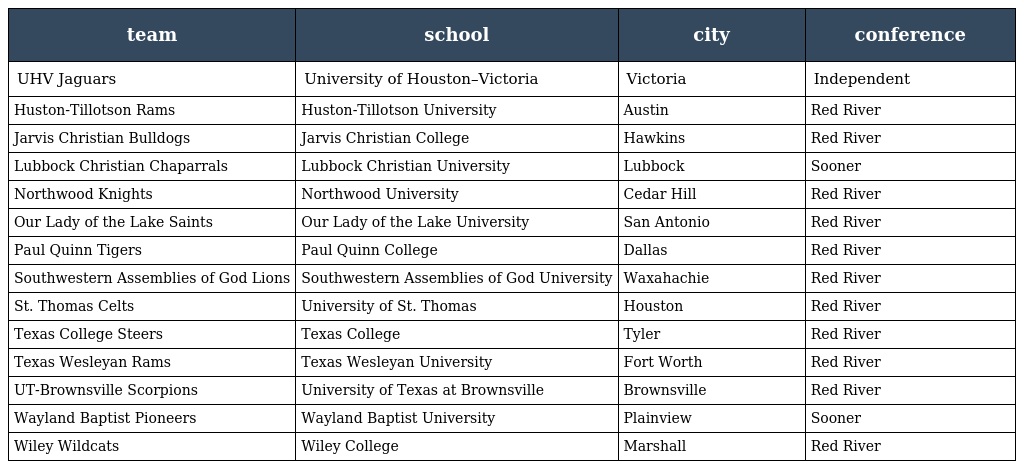
| team | school | city | conference |
 | --- | --- | --- | --- |
 | UHV Jaguars | University of Houston–Victoria | Victoria | Independent |
 | Huston-Tillotson Rams | Huston-Tillotson University | Austin | Red River |
 | Jarvis Christian Bulldogs | Jarvis Christian College | Hawkins | Red River |
 | Lubbock Christian Chaparrals | Lubbock Christian University | Lubbock | Sooner |
 | Northwood Knights | Northwood University | Cedar Hill | Red River |
 | Our Lady of the Lake Saints | Our Lady of the Lake University | San Antonio | Red River |
 | Paul Quinn Tigers | Paul Quinn College | Dallas | Red River |
 | Southwestern Assemblies of God Lions | Southwestern Assemblies of God University | Waxahachie | Red River |
 | St. Thomas Celts | University of St. Thomas | Houston | Red River |
 | Texas College Steers | Texas College | Tyler | Red River |
 | Texas Wesleyan Rams | Texas Wesleyan University | Fort Worth | Red River |
 | UT-Brownsville Scorpions | University of Texas at Brownsville | Brownsville | Red River |
 | Wayland Baptist Pioneers | Wayland Baptist University | Plainview | Sooner |
 | Wiley Wildcats | Wiley College | Marshall | Red River |